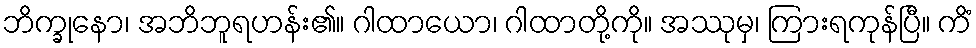
ဘိက္ခုနော၊ အဘိဘူရဟန်း၏။ ဂါထာယော၊ ဂါထာတို့ကို။ အဿုမှ၊ ကြားရကုန်ပြီ။ ကိံ